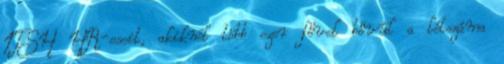
ITSH HR-eseit, akiknél több ezer fővel bővül a létszáma